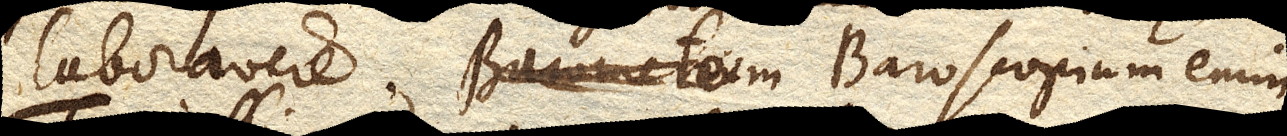
laboravere. Barometrum Baroscopium enim